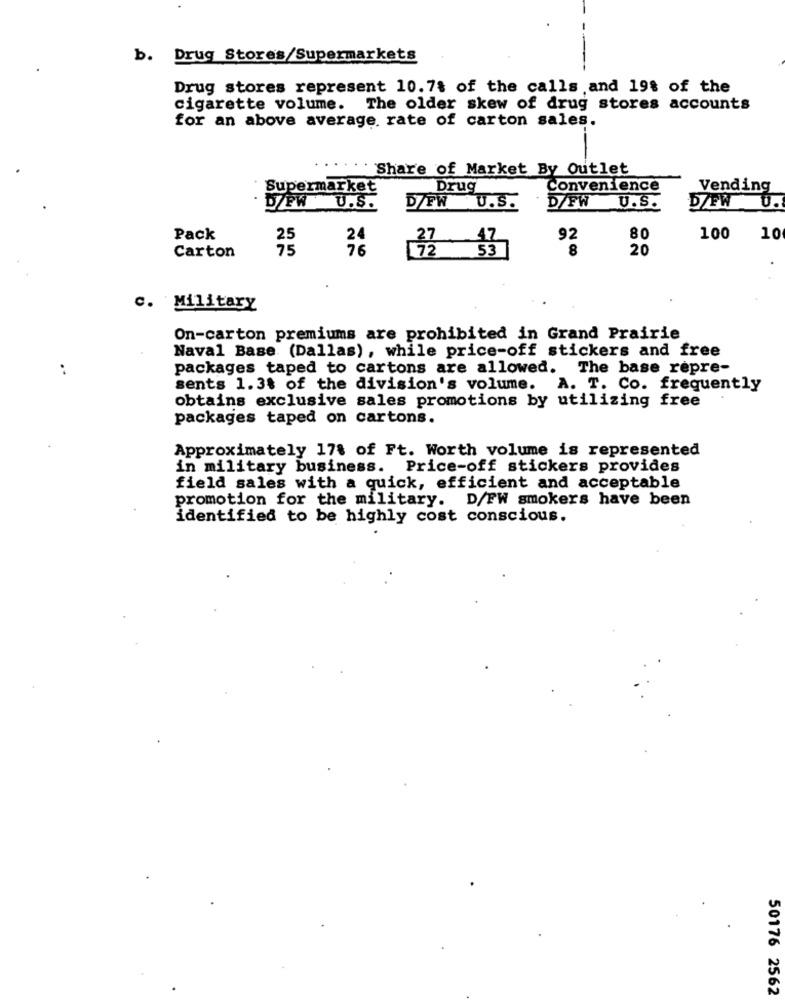
b. Drug Stores/Supermarkets
Drug stores represent 10.71 of the calls and 198 of the
cigarette volume.
The older skew of drug stores accounts
for an above average rate of carton sales.
Share of Market By Outlet
Supermarket
Drug
Convenience
Vending
D/PW U.S.
D/FW U.S.
D/FW U.S.
D/FW U.
Pack
80
100
10
35
36
20
Carton
28
c. Military
On-carton premiums are prohibited in Grand Prairie
Naval Base (Dallas), while price-off stickers and free
..
packages taped to cartons are allowed. The base repre-
sents 1.3% of the division's volume. A. T. Co. frequently
obtains exclusive sales promotions by utilizing free
packages taped on cartons.
Approximately 17% of Ft. Worth volume is represented
in military business. Price-off stickers provides
field sales with a quick, efficient and acceptable
promotion for the military. D/FW smokers have been
identified to be highly cost conscious.
50176 2562